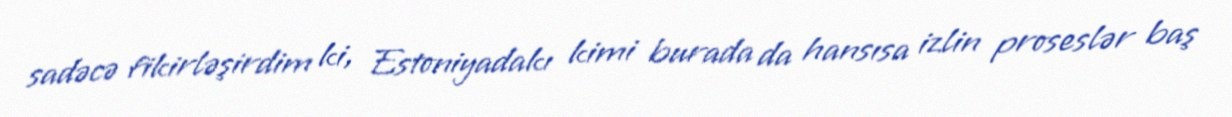
sadəcə fikirləşirdim ki, Estoniyadakı kimi burada da hansısa izlin proseslər baş